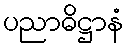
ပညာဓိဋ္ဌာနံ